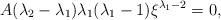
LaTeX: \begin{align*}A(\lambda_2-\lambda_1)\lambda_1(\lambda_1-1)\xi^{\lambda_1-2}=0,\end{align*}